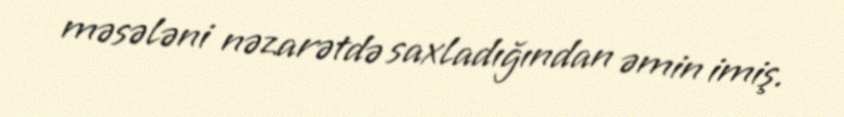
məsələni nəzarətdə saxladığından əmin imiş.